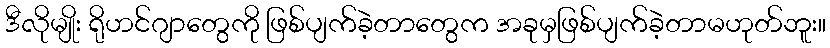
ဒီလိုမျိုး ရိုဟင်ဂျာတွေကို ဖြစ်ပျက်ခဲ့တာတွေက အခုမှဖြစ်ပျက်ခဲ့တာမဟုတ်ဘူး။